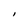
Character: I